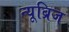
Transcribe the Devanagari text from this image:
न्यूब्रिज